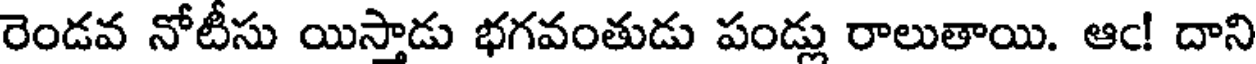
రెండవ నోటీసు యిస్తాడు భగవంతుడు పండ్లు రాలుతాయి. ఆఁ! దాని